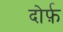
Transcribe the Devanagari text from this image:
दोर्फ़